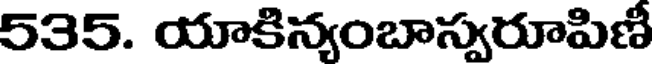
535. యాకిన్యంబాస్వరూపిణీ